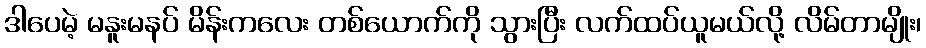
ဒါပေမဲ့ မနူးမနပ် မိန်းကလေး တစ်ယောက်ကို သွားပြီး လက်ထပ်ယူမယ်လို့ လိမ်တာမျိုး၊